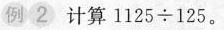
例2 计算$$1 1 2 5 {\div} 1 2 5$$。